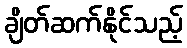
ချိတ်ဆက်နိုင်သည့်